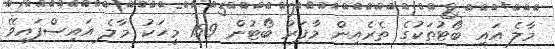
މާލެ އައި ބޯޓުތަކުގެ ތެރެއިން މާފަރު ބޯޓުން 159 މީހަކު މާލެ އައިސްފައިވޭ